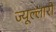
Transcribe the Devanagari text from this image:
ज्यूल्लारी